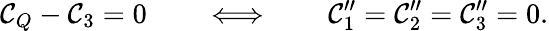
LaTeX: \mathcal{C}_{Q}-\mathcal{C}_{3}=0\qquad\Longleftrightarrow\qquad\mathcal{C}_{1}^{\prime\prime}=\mathcal{C}_{2}^{\prime\prime}=\mathcal{C}_{3}^{\prime\prime}=0.